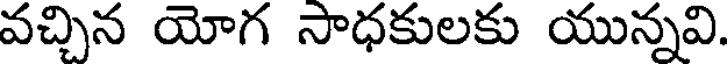
వచ్చిన యోగ సాధకులకు యున్నవి.